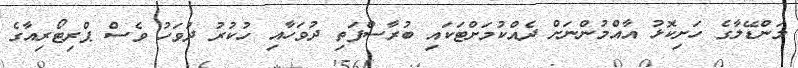
މަންޑޭލާގެ ހަށިކޮޅު އާއްމުންނަށް ދެއްކުމަށްޓަކައި ބުރާސްފަތި ދުވަހާއި ހުކުރު ދުވަހު ވެސް ޕްރިޓޯރިއާގެ